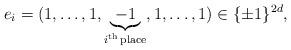
LaTeX: \begin{align*}e_i = ( 1,\ldots, 1, \underbrace{-1}_{i^\mathrm{th} \mathrm{\, place} }, 1,\ldots,1) \in \{\pm 1\}^{2d},\end{align*}